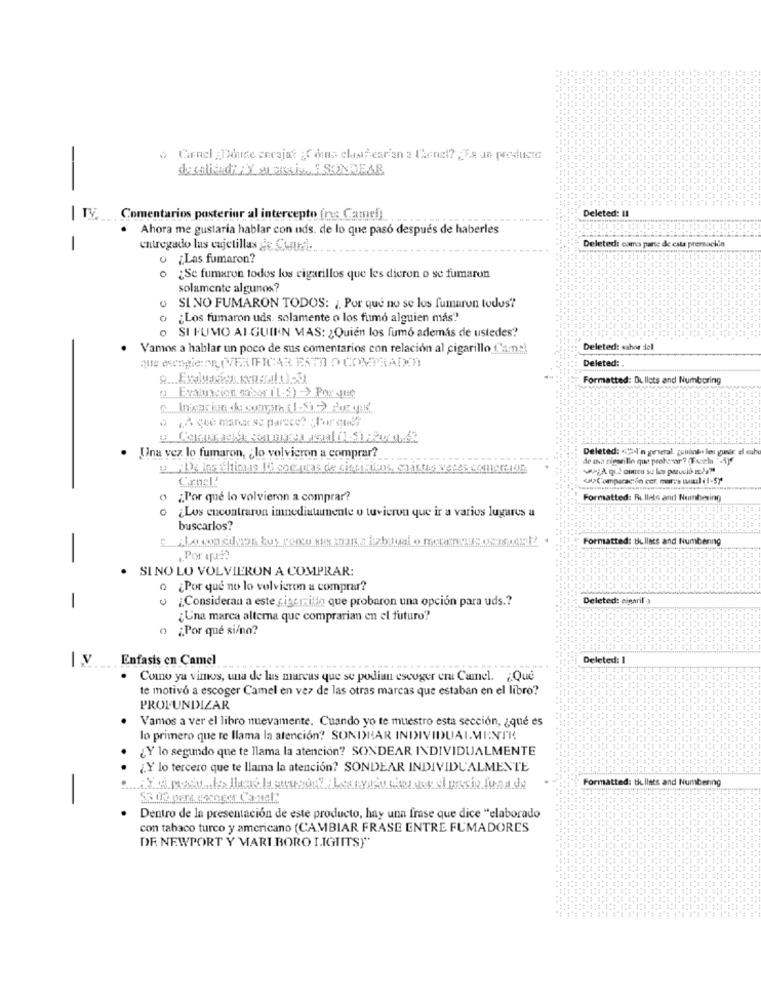
Carmel ¿ Donde serajat finns clashesran a Genel? ¿ Es un producto
-
Deleted: 11
-
Comentarios posterior al intercepto (re: Camel)
Ahora me gustaria hablar con uds. de lo que pasó después de haberles
Deleted: cama parte de esta premackin
-
entregado las cajetillas as Sulta ...
-
o ¿Las fumaron?
¿Se fumaron todos los cigarillos que les dieron o se fumaron
solamente algunos?
0
SI NO FUMARON TODOS: ¿ Por que no se los fumaron todos?
o ¿Los fumaron uds. solamente o los fumo alguien más?
o SI FUMO AI GUIIN MAS: ¿ Quién los fumo además de ustedes?
Vamos a hablar un poco de sus comentarios con relación al cigarillo Cama!
Deleted: sabor del
que empie NL (VERIFICAR FATTO COMPRADO)
Deleted:
Formatted: Dullets and Numbering
Evaluacion (por ('1.$) > Por que
Deleted: «-l'n general. zonings le guste al muh
Una vez lo fumaron, lo volvieron a comprar?
de ma cigarillo que praha or "? (Facela ' -1)€
9 1% las últimas 14 encaras de sitt silos.
Canal!
(Comparación cer. mars usual (1-5)
o ¿Por qué lo volvieron a comprar?
Formatted: Ri llals and Numbering
o ¿Los encontraron immediatamente o tuvieron que ir a varios lugares a
buscarlos?
Formatted: bullets and Numbering
-
„Por qui?
SI NO LO VOLVIERON A COMPRAR:
o ¿Por qué no lo volvieron a comprar?
-
· ¿ Consideran a este siger-ilin que probaron una opción para uds .?
Deleted: cigaril 3
¿Una marca alterna que comprarian en el futuro?
o ¿Por qué si/no?
Enfasis en Camel
Deleted: I
Como ya vimos, una de las marcas que se podian escoger cru Camel. ¿ Que
te motivo a escoger Camel en vez de las otras marcas que estaban en el libro?
PROFUNDIZAR
Vamos a ver el libro nuevamente. Cuando yo te muestro esta sección, ¿ qué es
lo primero que te llama la atención? SONIHAR INDIVIDUALMENTE
¿Y lo segundo que te llama la atención? SONDEAR INDIVIDUALMENTE
.
¿Y lo tercero que te llama la atención? SONDEAR INDIVIDUALMENTE
Formatted: bullets and Numbering
-
Solo para gacoger Casel"
Dentro de la presentación de este producto, hay una frase que dice "elaborado
con tabaco turco y americano (CAMBIAR FRASE ENTRE FUMADORES
DE NEWPORT Y MARI BORO LIGTITS""